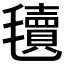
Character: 𣰬